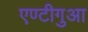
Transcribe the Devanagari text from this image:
एण्टीगुआ